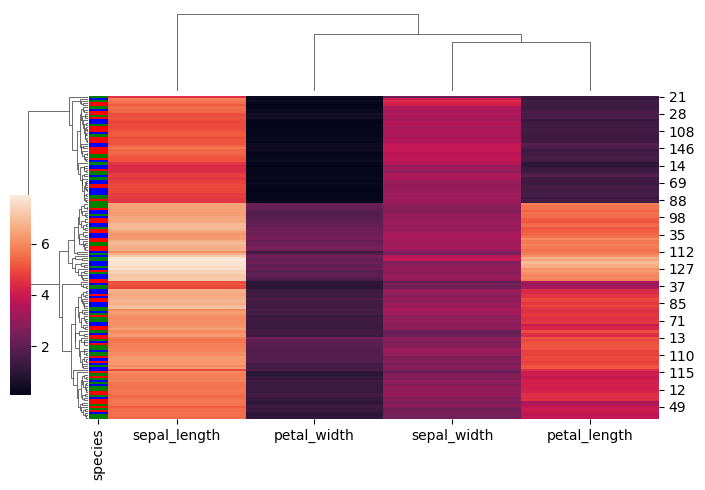
python, seaborn, clustermap, figsize=(7, 5), row_cluster=True, dendrogram_ratio=(0.1, 0.2), cbar_pos=(0, 0.2, 0.03, 0.4)